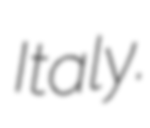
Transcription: Italy.